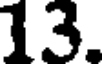
13.